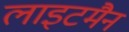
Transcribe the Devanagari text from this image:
लाइटमैन